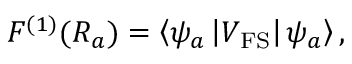
F ^ { ( 1 ) } ( R _ { a } ) = \left< \psi _ { a } \left| V _ { \mathrm { F S } } \right| \psi _ { a } \right> ,